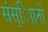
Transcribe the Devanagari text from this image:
संस्ािानों